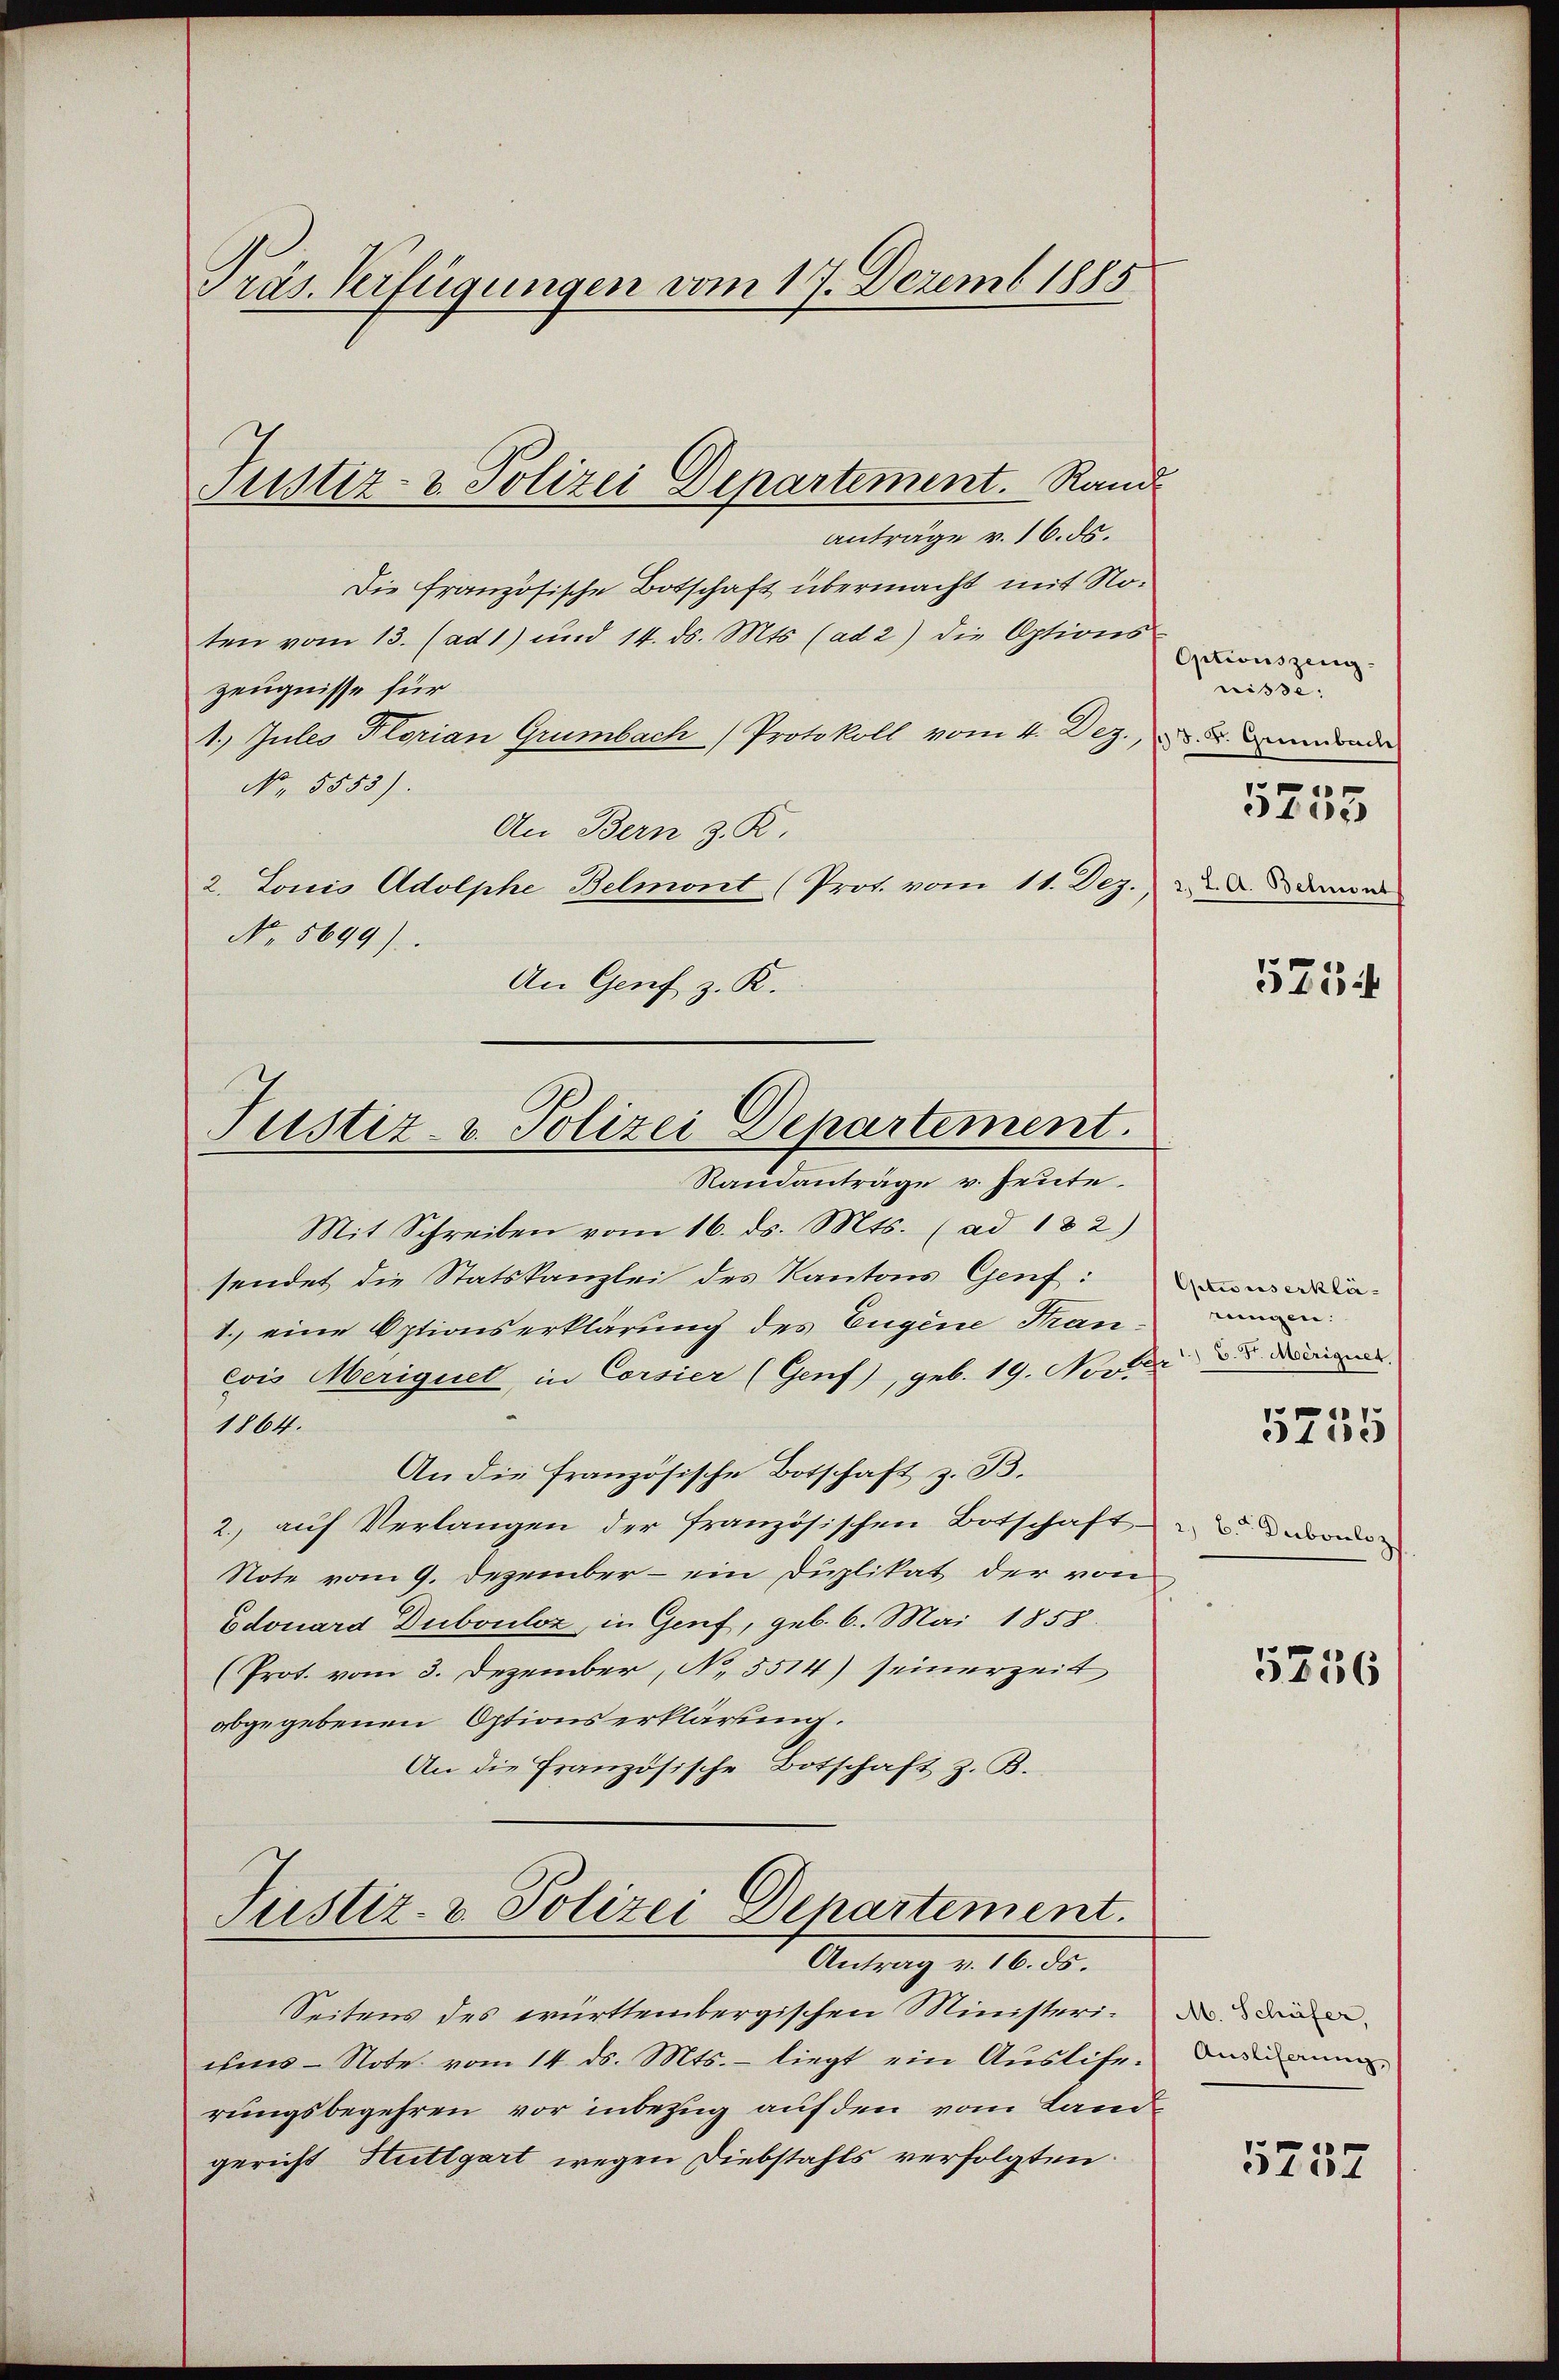
Präs. Verfügungen vom 17. Dezemb. 1885

Justiz- & Polizei Departement. Rand

Anträge v. 16. ds.
Die französische Botschaft übermacht mit Noten vom 13. (ad 1) und 14. ds. Mts. (ad 2) die Options-
Zeugnisse für
1. Jules Florian Grumbach Protokoll vom 4. Dez. d. d. Jenbade
No. 5555).
An Bern z. R.
2. Louis Adolphe Belmont (Prot. vom 11. Dez.
No. 5699).
An Genf z. R.
Randanträge v. heute.
Mit Schreiben vom 16. ds. Mts. (ad 182)
sendet die Statskanzlei des Kantons Genf:
1. eine Optionserklärung des Eugene Franevis Meriquet, in Corsier (Genf), geb. 19. Novber ds die
1164
An die französische Botschaft z. B.
2., auf Verlangen der französischen Botschaft
Note vom 9. Dezember - ein Duplikat der von
Edouard Dubouloz, in Genf, geb. 6. Mai 1858.
(Prot. vom 3. Dezember, No. 5514) seinerzeit
abgegebenen Optionserklärung.
An die Französische Botschaft z. B.
Justiz- & Polizei Departement.
Antrag v. 16. ds.
Seitens des württembergischen Ministeriims-Note vom 14. ds. Mts. – liegt ein Ausliferungsbegehren vor inbezug auf den vom Landgericht Stuttgart wegen Diebstahls verfolgten.

Justiz- & Polizei Departement.

Optionszeug-
risse. |
2 J. A. Betont
5754

5755

Optionserklä-
rungen.
2. b. Duboils z

5735

5236

M. Schüfer,
Ausliferung

5237